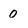
Character: 0